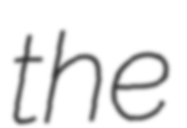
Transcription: the